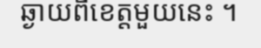
ឆ្ងាយពីខេត្តមួយនេះ ។